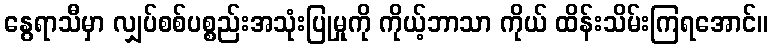
နွေရာသီမှာ လျှပ်စစ်ပစ္စည်းအသုံးပြုမှုကို ကိုယ့်ဘာသာ ကိုယ် ထိန်းသိမ်းကြရအောင်။